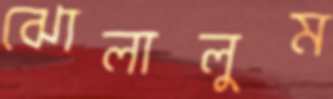
ঝোলালুম